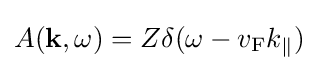
A(\mathbf {k} ,\omega )=Z\delta (\omega -v_{\rm {F}}k_{\|})